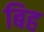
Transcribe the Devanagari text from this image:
बिह